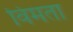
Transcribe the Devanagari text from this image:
विमता